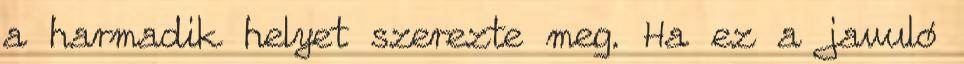
a harmadik helyet szerezte meg. Ha ez a javuló